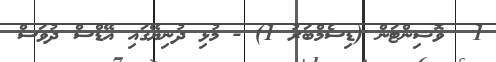
1  ވޮޝިންޓަން (ޑިސެމްބަރު 1) - މުޅި ދުނިޔޭގައި އޭޑްސް ދުވަސް